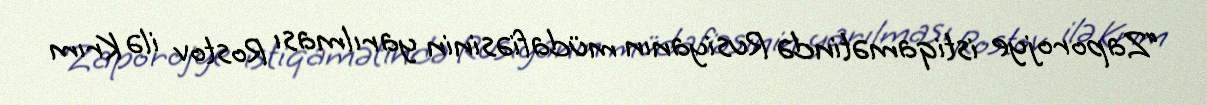
“Zaporojye istiqamətində Rusiyanın müdafiəsinin yarılması Rostov ilə Krım